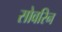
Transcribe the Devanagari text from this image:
सोवरिन